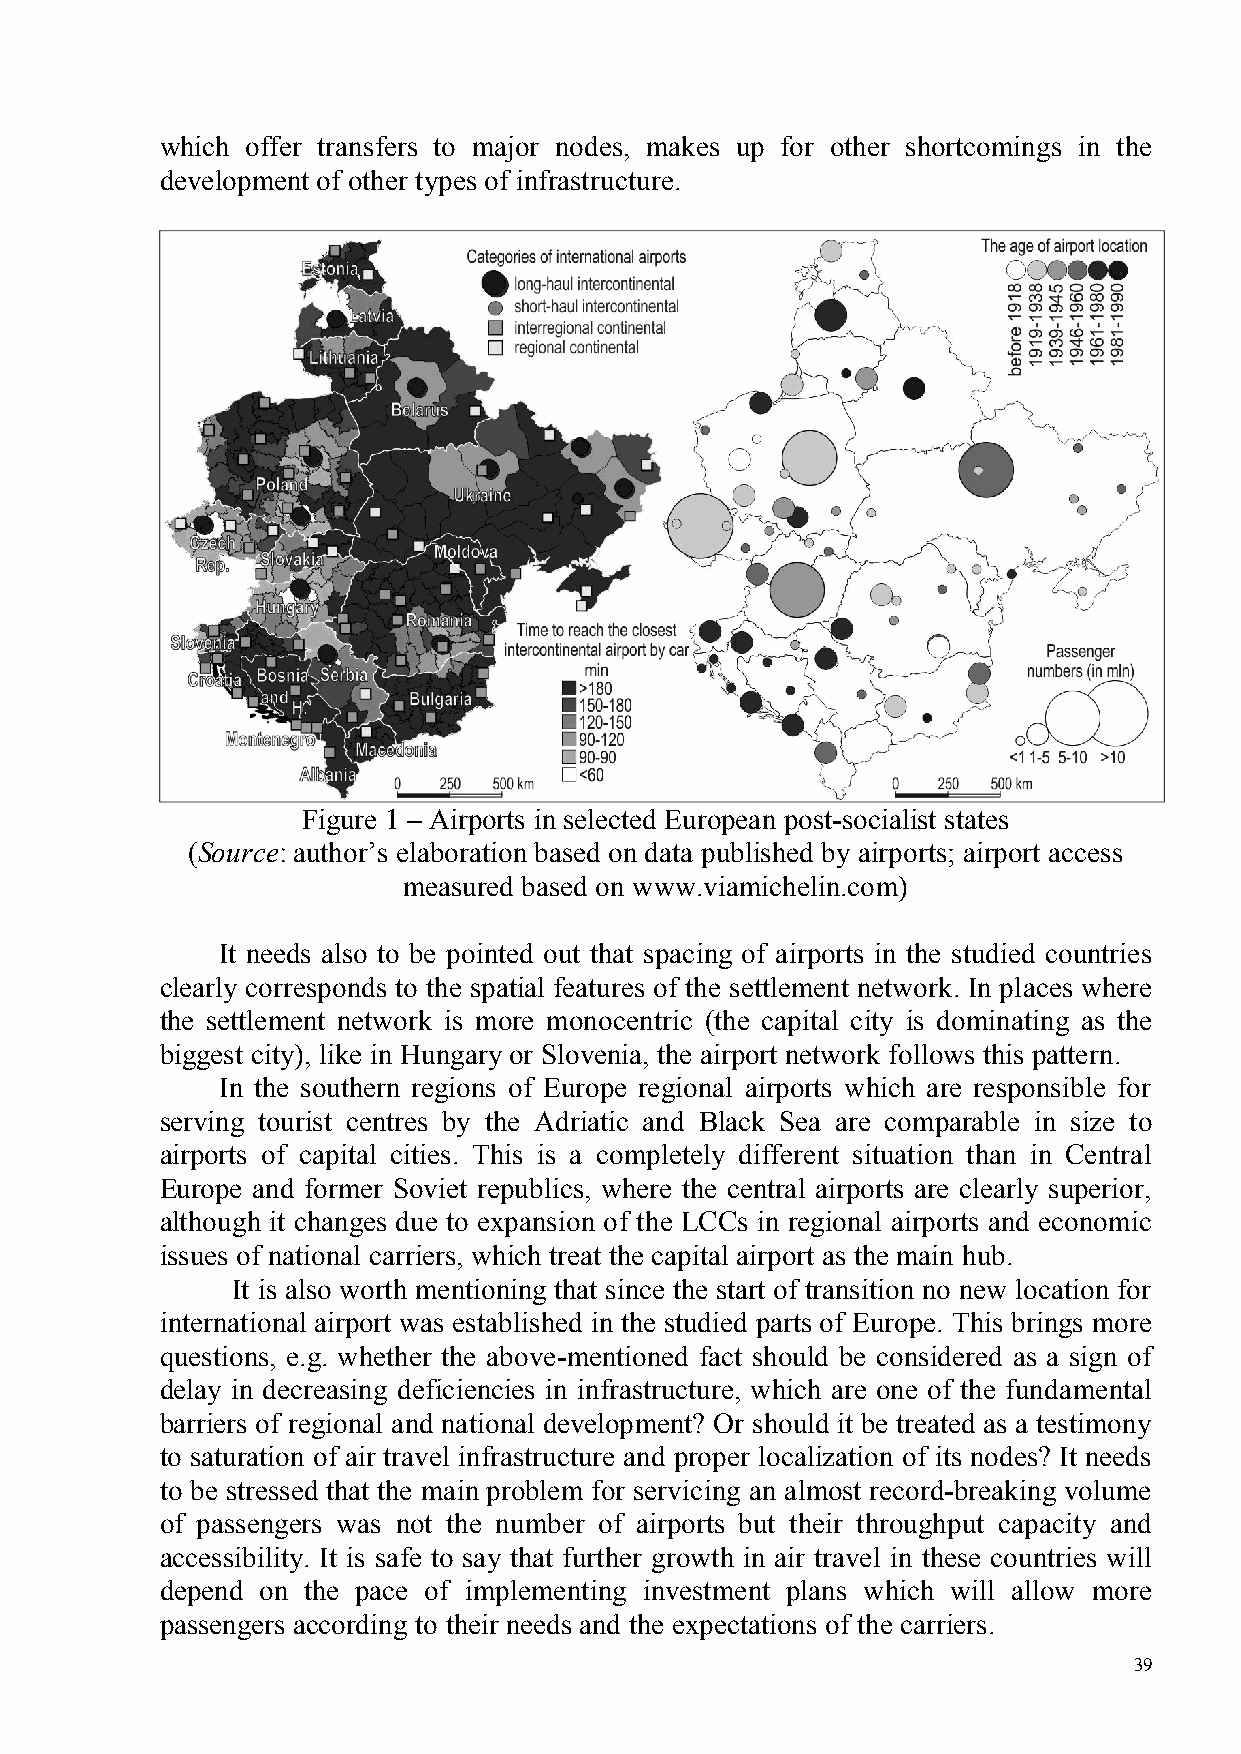
which offer transfers to major nodes, makes up for other shortcomings in the
 development of other types of infrastructure.
 Figure 1 – Airports in selected European post-socialist states
 (Source: author’s elaboration based on data published by airports; airport access
 measured based on www.viamichelin.com)
 It needs also to be pointed out that spacing of airports in the studied countries
 clearly corresponds to the spatial features of the settlement network. In places where
 the settlement network is more monocentric (the capital city is dominating as the
 biggest city), like in Hungary or Slovenia, the airport network follows this pattern.
 In the southern regions of Europe regional airports which are responsible for
 serving tourist centres by the Adriatic and Black Sea are comparable in size to
 airports of capital cities. This is a completely different situation than in Central
 Europe and former Soviet republics, where the central airports are clearly superior,
 although it changes due to expansion of the LCCs in regional airports and economic
 issues of national carriers, which treat the capital airport as the main hub.
 It is also worth mentioning that since the start of transition no new location for
 international airport was established in the studied parts of Europe. This brings more
 questions, e.g. whether the above-mentioned fact should be considered as a sign of
 delay in decreasing deficiencies in infrastructure, which are one of the fundamental
 barriers of regional and national development? Or should it be treated as a testimony
 to saturation of air travel infrastructure and proper localization of its nodes? It needs
 to be stressed that the main problem for servicing an almost record-breaking volume
 of passengers was not the number of airports but their throughput capacity and
 accessibility. It is safe to say that further growth in air travel in these countries will
 depend on the pace of implementing investment plans which will allow more
 passengers according to their needs and the expectations of the carriers.
 39